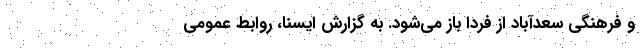
و فرهنگی سعدآباد از فردا باز می‌شود. به گزارش ایسنا، روابط عمومی